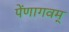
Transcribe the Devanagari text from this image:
पेंणागवम्